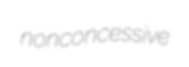
nonconcessive